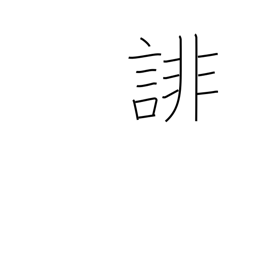
Meaning: slander